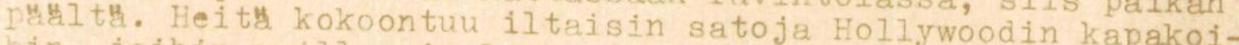
päältä. Heitä kokoontuu iltaisin satoja Hollywoodin kapakoi-